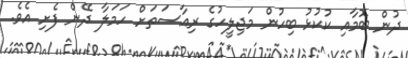
ދުން ބޮމާއި ކުކުޅު ބިހުން މަޖިލީހުގެ ރިއާސަތަށް ހަމަލާ ދޭން ފެށި އެވެ.